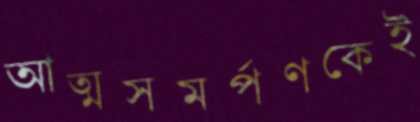
আত্মসমর্পণকেই